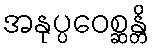
အနုပ္ပဝေစ္ဆန္တိ